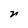
Character: r